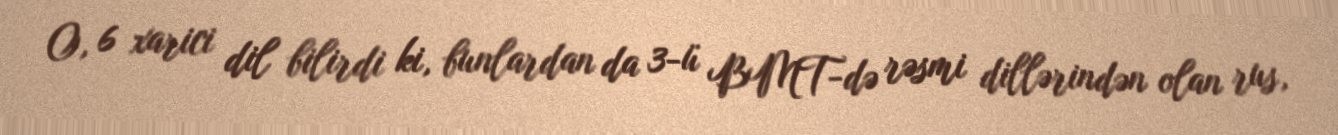
O, 6 xarici dil bilirdi ki, bunlardan da 3-ü BMT-də rəsmi dillərindən olan rus,